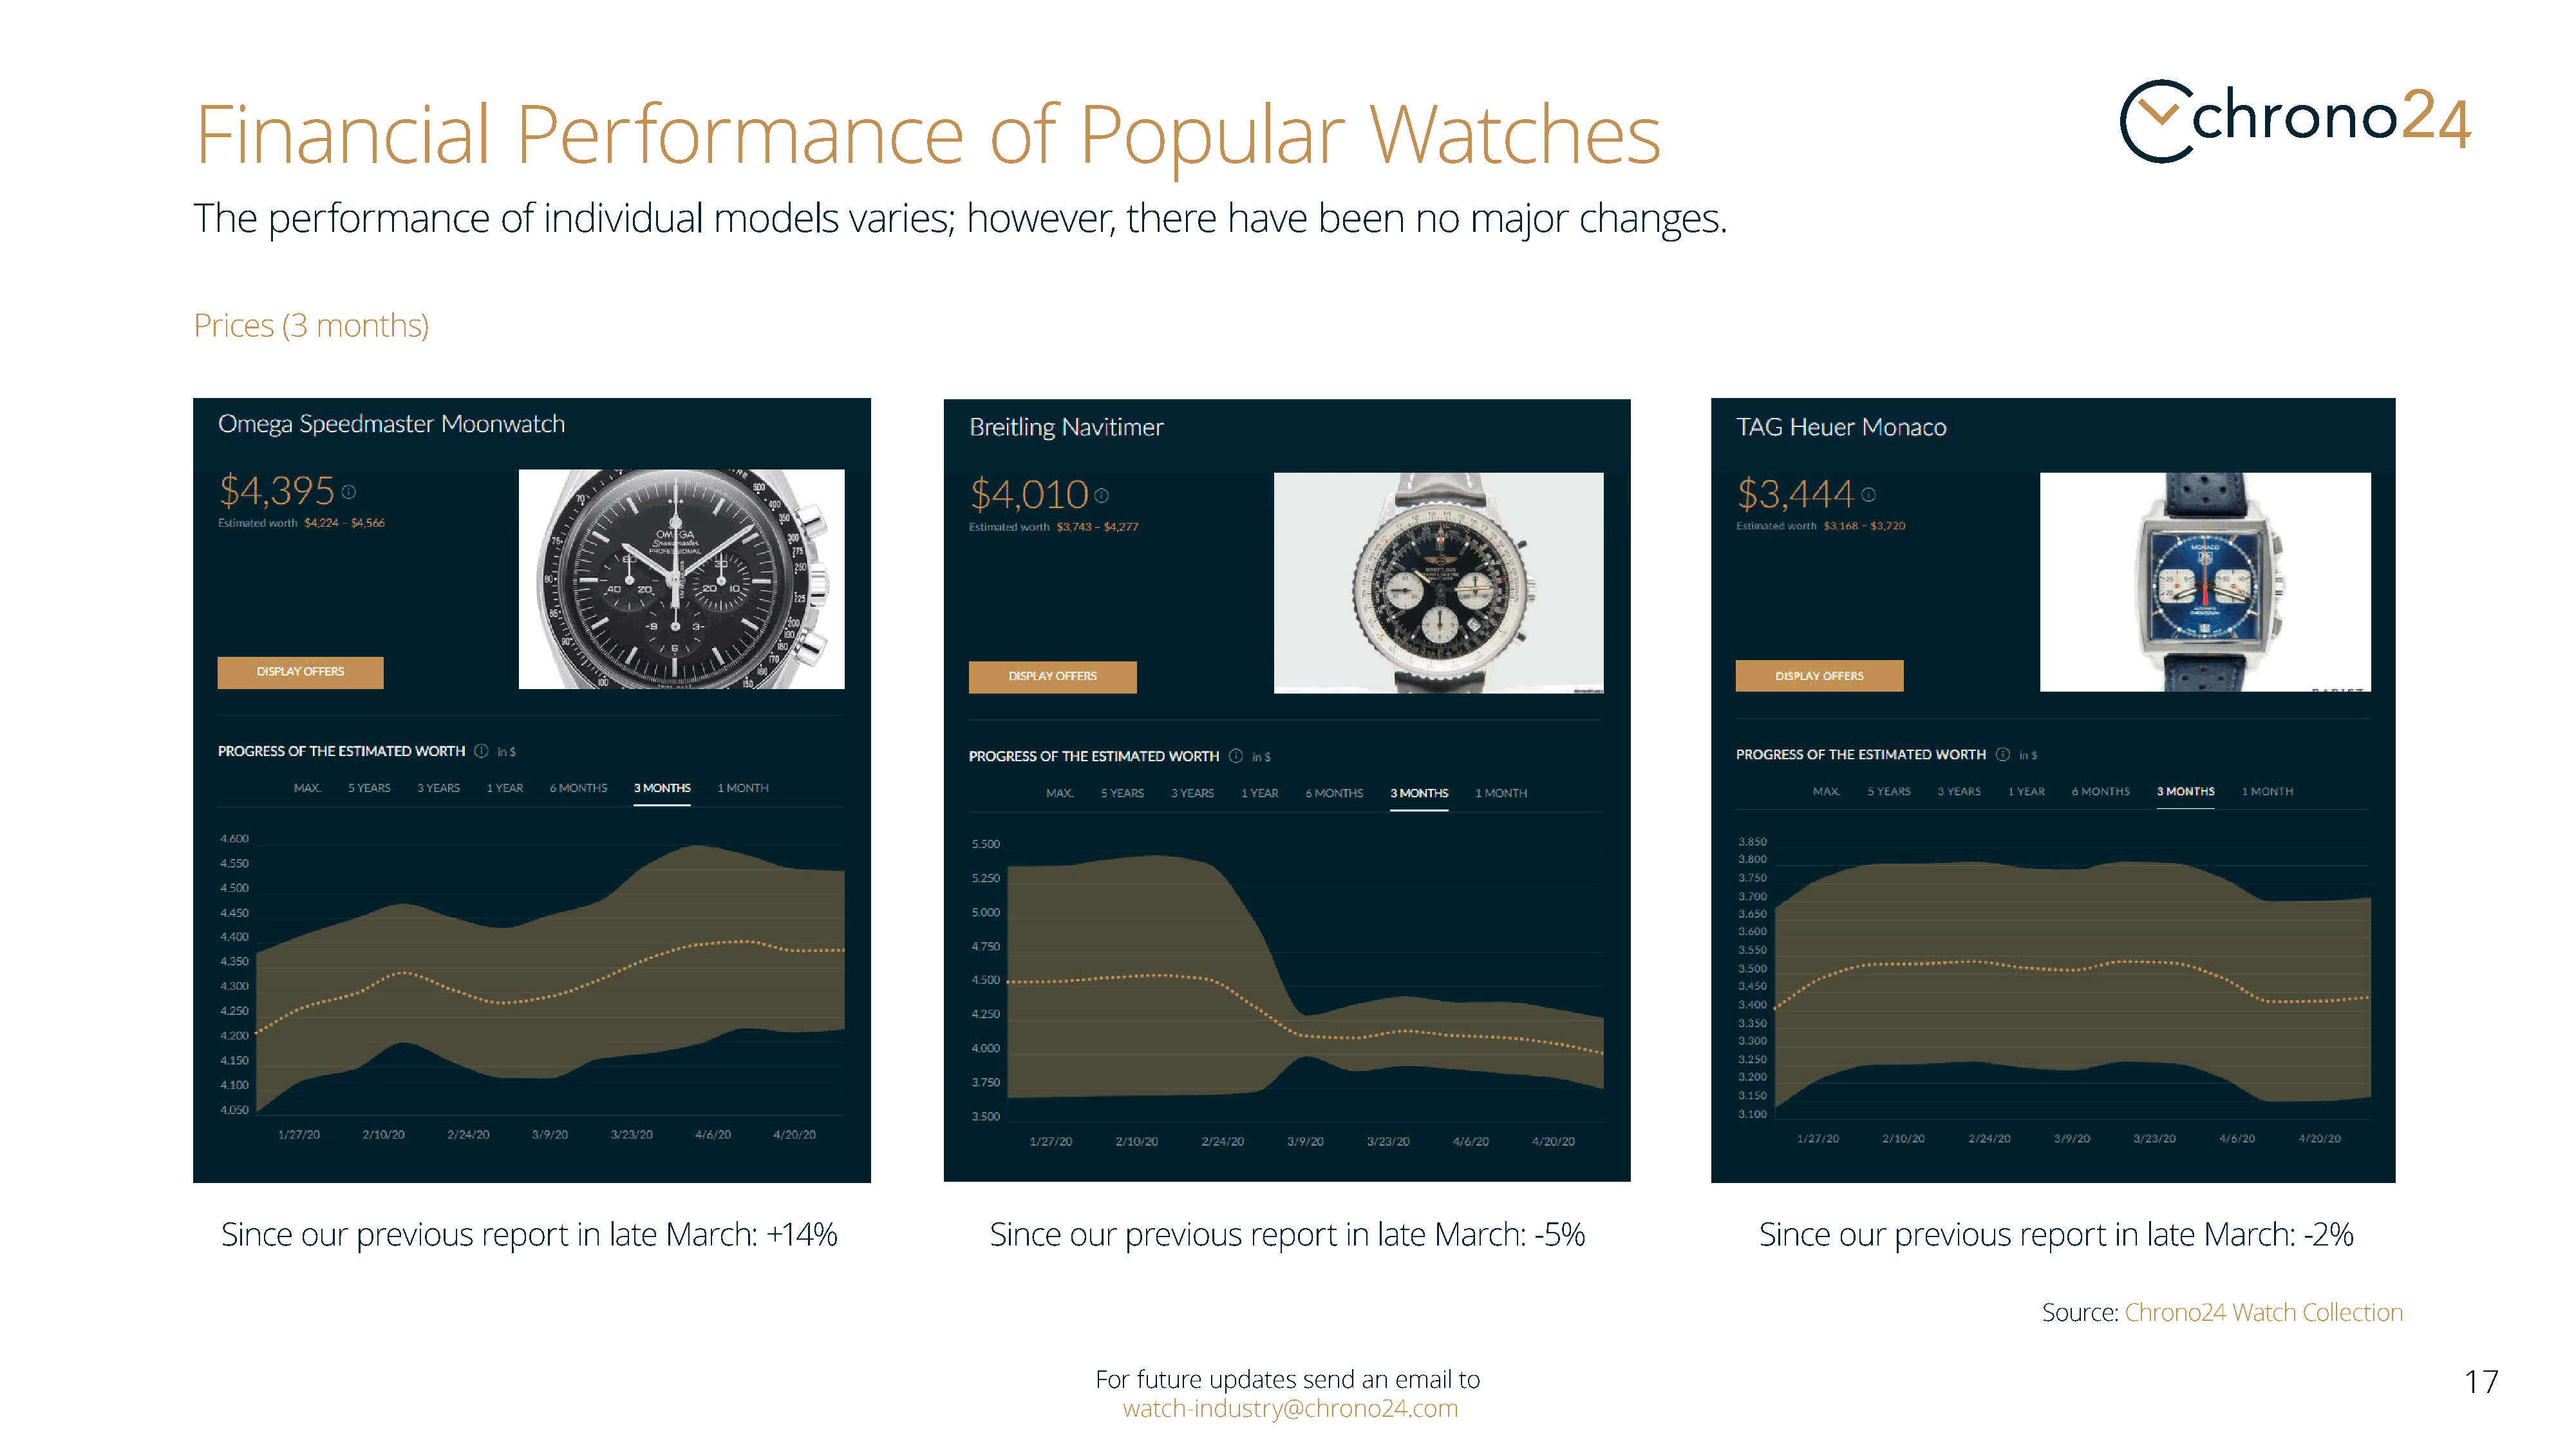
Financial                        Performance                                      of       Popular                       Watches
 The    performance             of   individual       models        varies;     however,         there     have     been      no    major      changes.
 Prices   (3 months)
 Since   our   previous    report    in  late March:     +14%                   Since   our   previous     report   in  late March:     -5%                    Since   our   previous     report   in  late  March:    -2%
 Source: Chrono24    Watch  Collection
 For future updates   send  an email  to                                                                                                     17
 watch-industry@chrono24.com